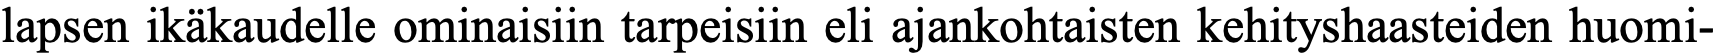
lapsen ikäkaudelle ominaisiin tarpeisiin eli ajankohtaisten kehityshaasteiden huomi-